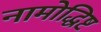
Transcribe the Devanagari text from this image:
नामोद्धिष्ट